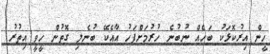
ހީން އިރުކޮޅަކު ބަހެއް ނުބުނެ ހުރުމަށްފަހު އާއެކޭ ބުނެލި ގޮތުން ހީވީ އިތުރު